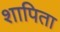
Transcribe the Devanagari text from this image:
शापिता